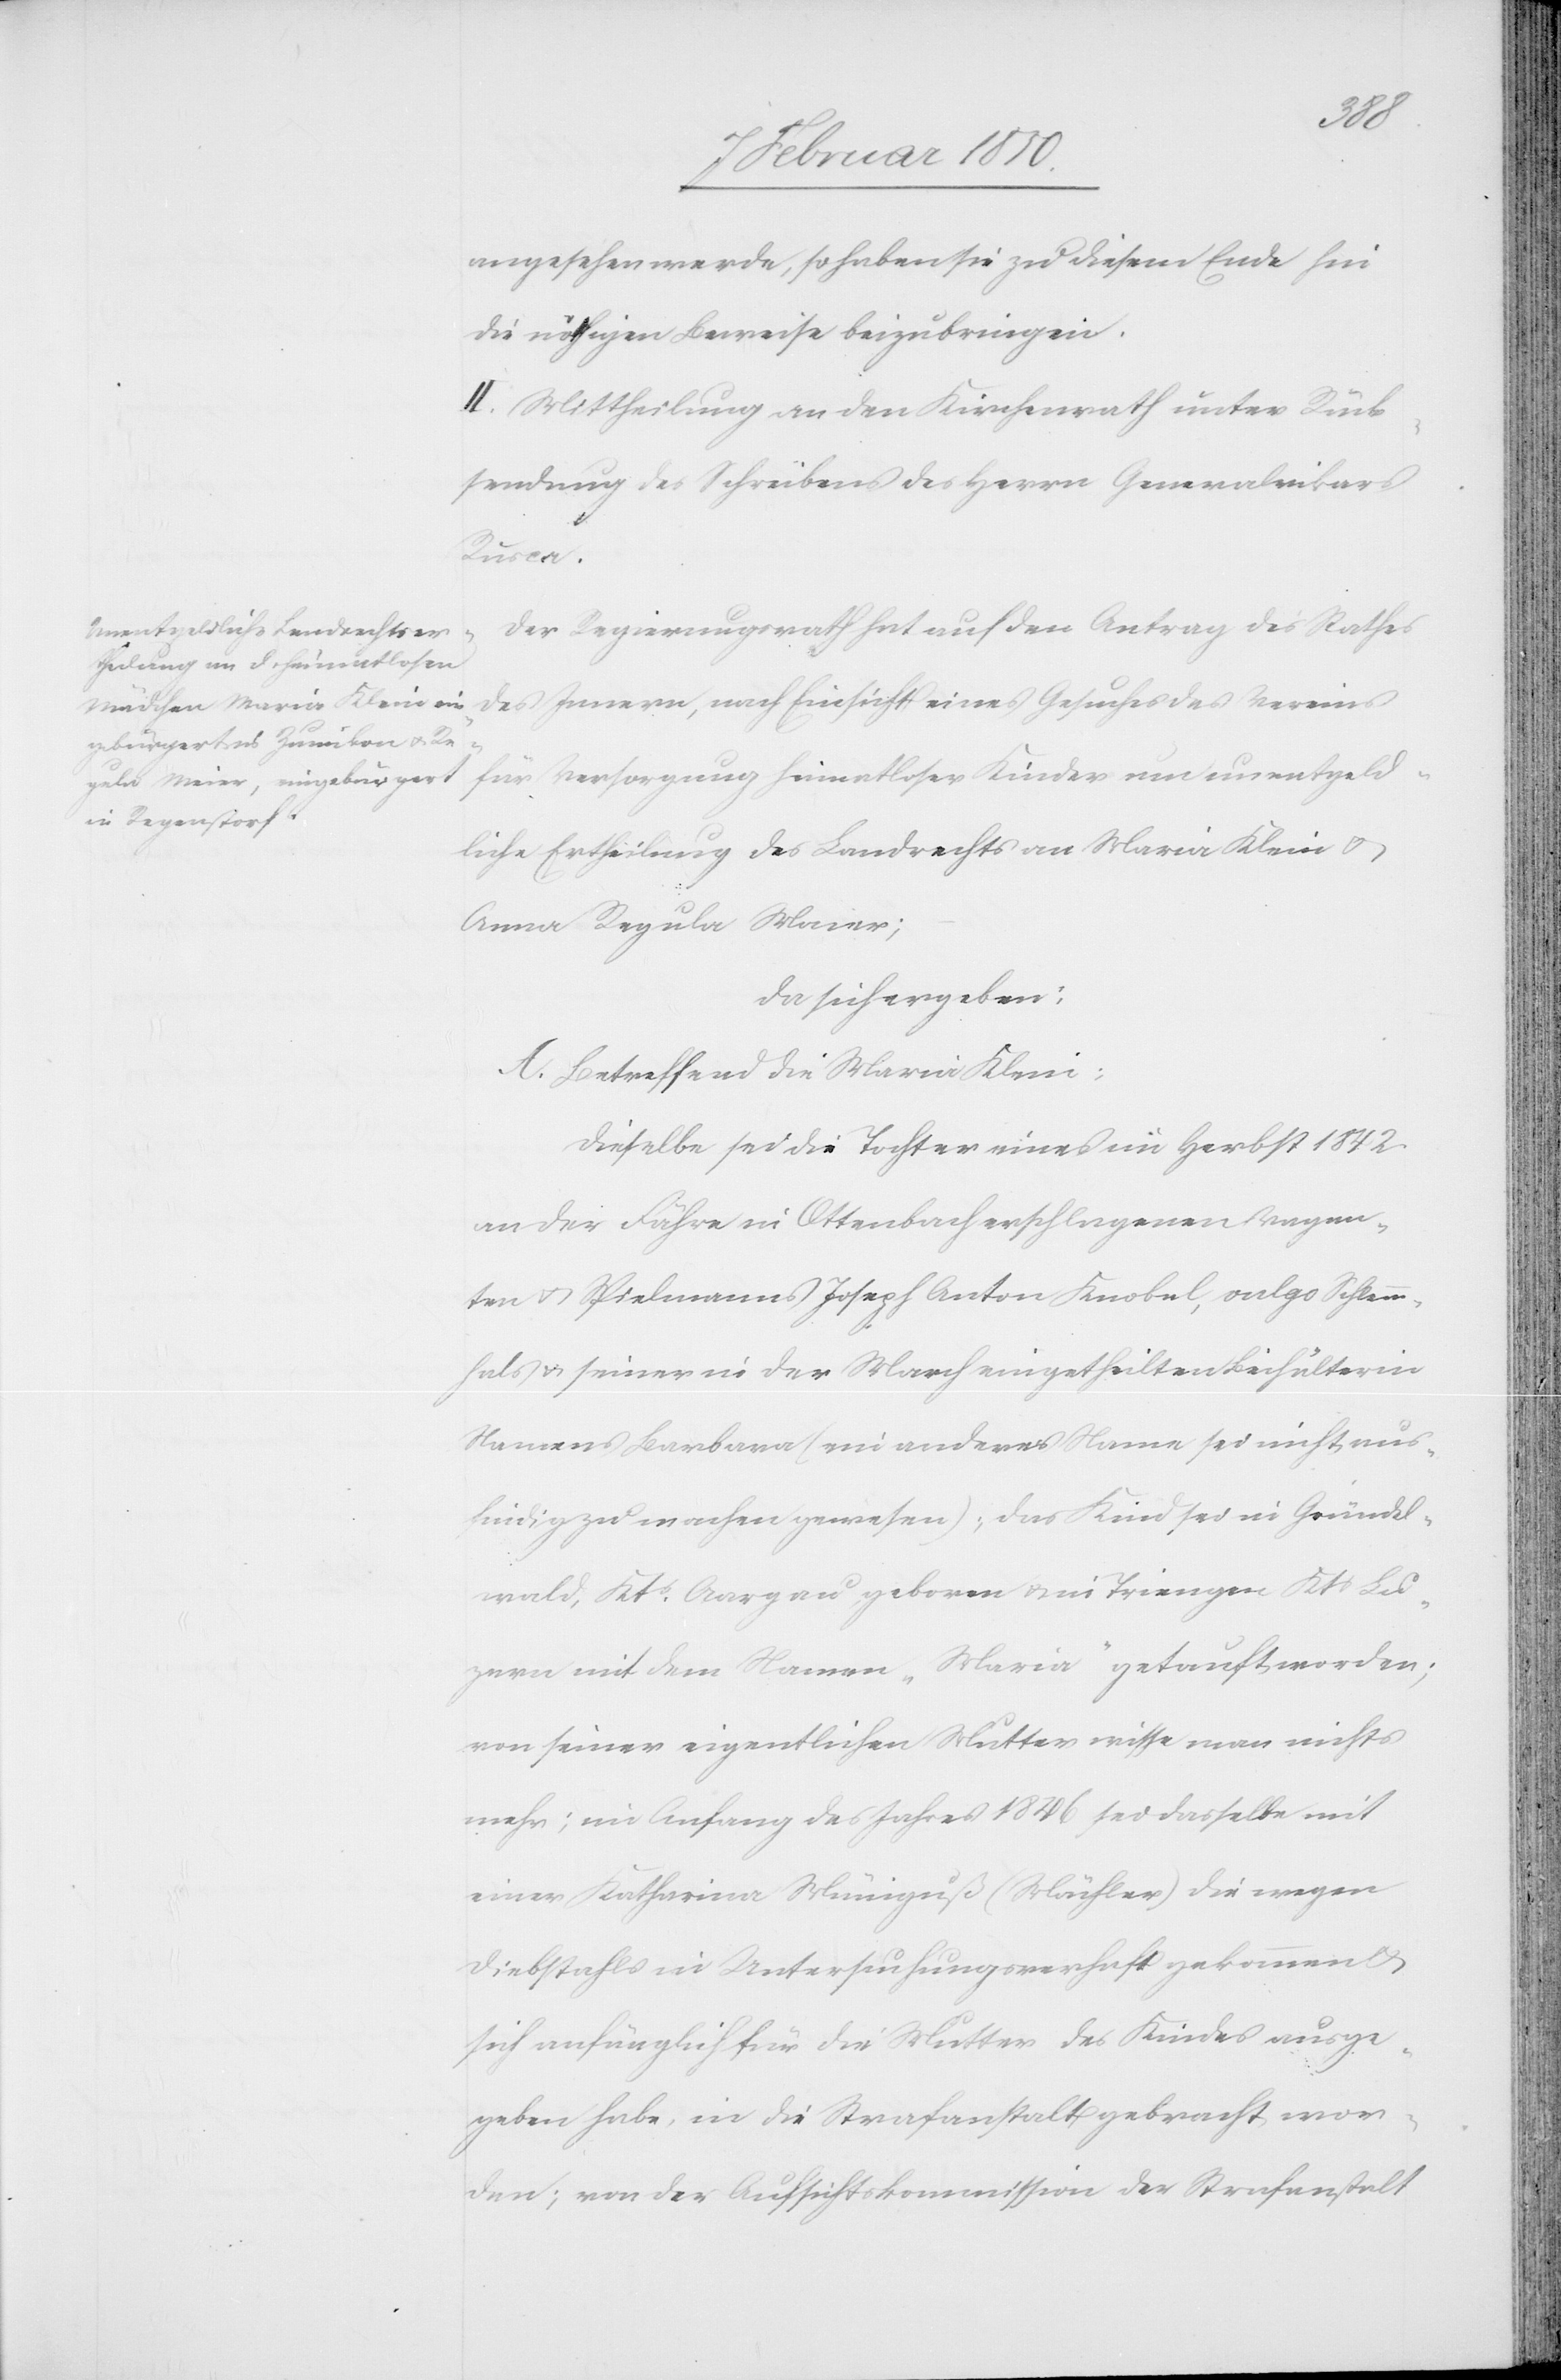
angesehen werde, so haben sie zu diesem Ende hin
die nöthigen Beweise beizubringen.
II. Mittheilung an den Kirchenrath unter Rück¬
sendung des Schreibens des Herrn Generalvikars
Rusca.
Der Regierungsrath hat auf den Antrag des Rathes
des Innern, nach Einsicht eines Gesuches des Vereins
für Versorgung heimatloser Kinder um unentgeld¬
liche Ertheilung des Landrechts an Maria Klein u.
Anna Regula Maier;
da sich ergeben:
A. Betreffend die Maria Klein:
Dieselbe sei die Tochter eines im Herbst 1842.
an der Fähre in Ottenbach erschlagenen Vagan¬
ten u. Spielmanns Joseph Anton Knobel, vulgo Schlemm¬
hals u. seiner in der March eingetheilten Beihälterin
Namens Barbara (ein anderes Name sei nicht aus¬
findig zu machen gewesen); das Kind sei in Gründel¬
wald, Kts Aargau geboren u. in Triengen Kts Lu¬
zern mit dem Namen „Maria“ getauft worden;
von seiner eigentlichen Mutter wisse man nichts
mehr; im Anfang des Jahres 1846 sei dasselbe mit
einer Katharina Müniguß (Mächler) die wegen
Diebstahls in Untersuchungsverhaft gekommen u.
sich anfänglich für die Mutter des Kindes ausge¬
geben habe, in die Strafanstalt gebracht wor¬
den; von der Aufsichtskommission der Strafanstalt